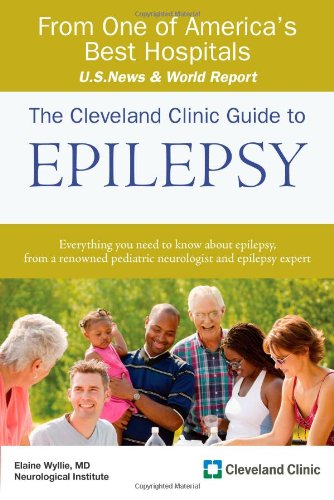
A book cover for The Cleveland Clinic Guide to Epilepsy (Cleveland Clinic Guides); Elaine Wyllie MD; Health, Fitness & Dieting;